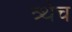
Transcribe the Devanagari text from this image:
त्र्थेच